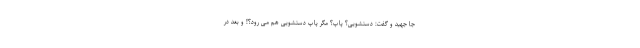
جا جهید و گفت: دستشویی؟ پاپ؟ مگر پاپ دستشویی هم می رود؟! و بعد در